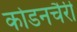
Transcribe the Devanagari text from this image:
कोडनचैरी